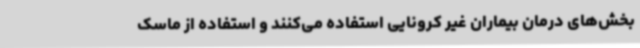
بخش‌های درمان بیماران غیر کرونایی استفاده می‌کنند و استفاده از ماسک